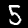
Digit: 5